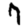
Digit: 7